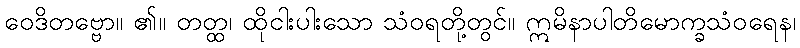
ဝေဒိတဗ္ဗော။ ၏။ တတ္ထ၊ ထိုငါးပါးသော သံဝရတို့တွင်။ ဣမိနာပါတိမောက္ခသံဝရေန၊